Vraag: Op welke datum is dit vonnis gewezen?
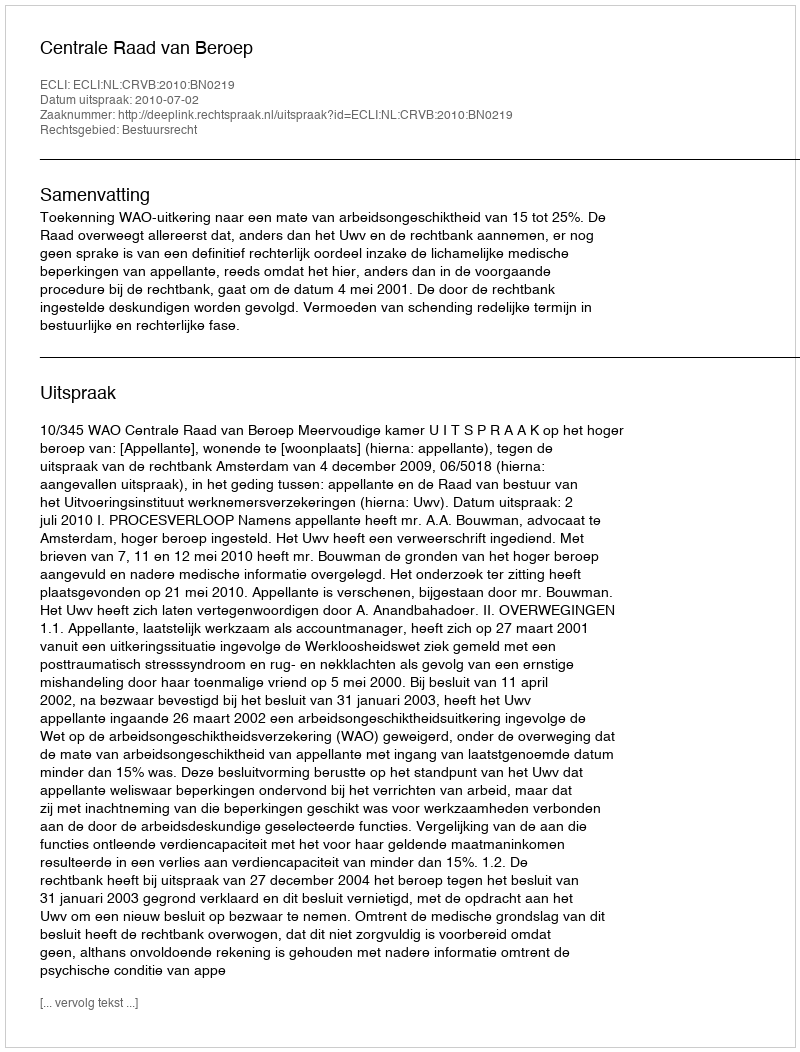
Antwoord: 2010-07-02